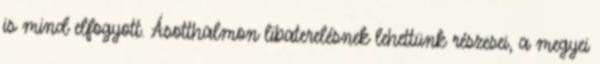
is mind elfogyott. Ásotthalmon libaterelésnek lehettünk részesei, a megyei